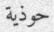
حوذية